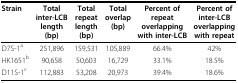
<table><thead><tr><td><b>Strain</b></td><td><b>Totalinter-LCBlength(bp)</b></td><td><b>Totalrepeatlength(bp)</b></td><td><b>Totaloverlap(bp)</b></td><td><b>Percent ofrepeatoverlappingwith inter-LCB</b></td><td><b>Percent ofinter-LCBoverlappingwith repeat</b></td></tr></thead><tbody><tr><td>D7S-1<sup>a</sup></td><td>251,896</td><td>159,531</td><td>105,889</td><td>66.4%</td><td>42%</td></tr><tr><td>HK1651<sup>b</sup></td><td>90,658</td><td>50,603</td><td>16,729</td><td>33.1%</td><td>18.5%</td></tr><tr><td>D11S-1<sup>c</sup></td><td>112,883</td><td>53,208</td><td>20,973</td><td>39.4%</td><td>18.6%</td></tr></tbody></table>